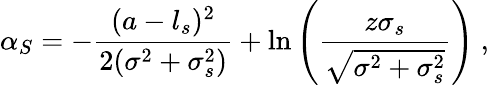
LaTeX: \alpha_{S}=-\frac{(a-l_{s})^{2}}{2(\sigma^{2}+\sigma_{s}^{2})}+\ln\left(\frac{z\sigma_{s}}{\sqrt{\sigma^{2}+\sigma_{s}^{2}}}\right)\ ,